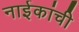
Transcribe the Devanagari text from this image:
नाईकांची